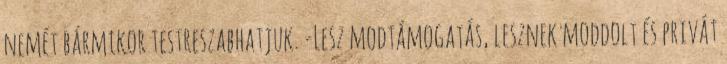
nemét bármikor testreszabhatjuk. -Lesz modtámogatás, lesznek moddolt és privát